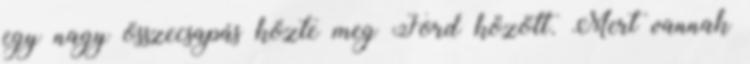
egy nagy összecsapás közte meg Ford között. Mert vannak